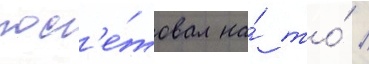
пос'е́товал на́ то́ /